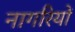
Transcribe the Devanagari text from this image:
नागरियों